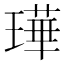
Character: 璍